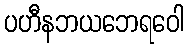
ပဟီနဘယဘေရဝေါ